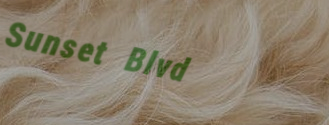
Sunset Blvd